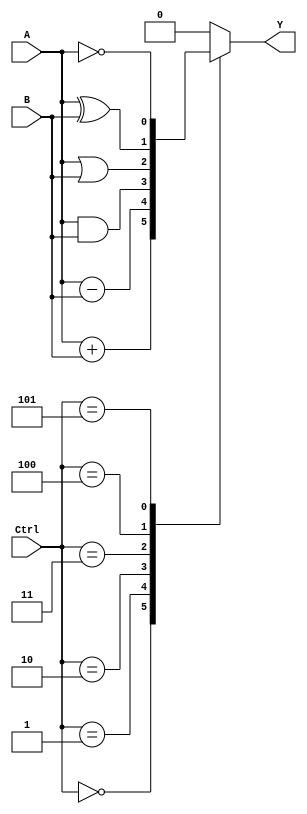
module ALU(
    input wire A,
    input wire B,
    input wire [2:0] Ctrl,
    output reg Y
);

// Adder
wire add_out;
assign add_out = A + B;

// Subtractor
wire sub_out;
assign sub_out = A - B;

// AND gate
wire and_out;
assign and_out = A & B;

// OR gate
wire or_out;
assign or_out = A | B;

// XOR gate
wire xor_out;
assign xor_out = A ^ B;

// NOT gate
wire not_out;
assign not_out = ~A;

// Control logic
always @(Ctrl)
begin
    case(Ctrl)
        3'b000: Y <= add_out;
        3'b001: Y <= sub_out;
        3'b010: Y <= and_out;
        3'b011: Y <= or_out;
        3'b100: Y <= xor_out;
        3'b101: Y <= not_out;
        default: Y <= 0;
    endcase
end

endmodule